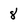
Character: 8